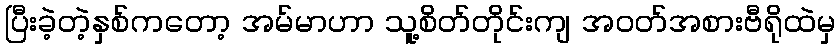
ပြီးခဲ့တဲ့နှစ်ကတော့ အမ်မာဟာ သူ့စိတ်တိုင်းကျ အဝတ်အစားဗီရိုထဲမှ